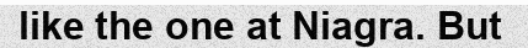
like the one at Niagra. But